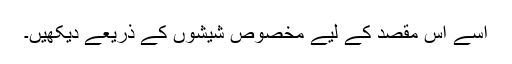
اسے اس مقصد کے لیے مخصوص شیشوں کے ذریعے دیکھیں۔